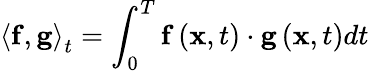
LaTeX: {\left\langle{{\mathbf{f}},{\mathbf{g}}}\right\rangle_{t}}=\int_{0}^{T}{{\mathbf{f}}\left({{\mathbf{x}},t}\right)\cdot{\mathbf{g}}\left({{\mathbf{x}},t}\right)dt}